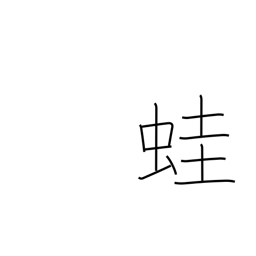
Meaning: frog